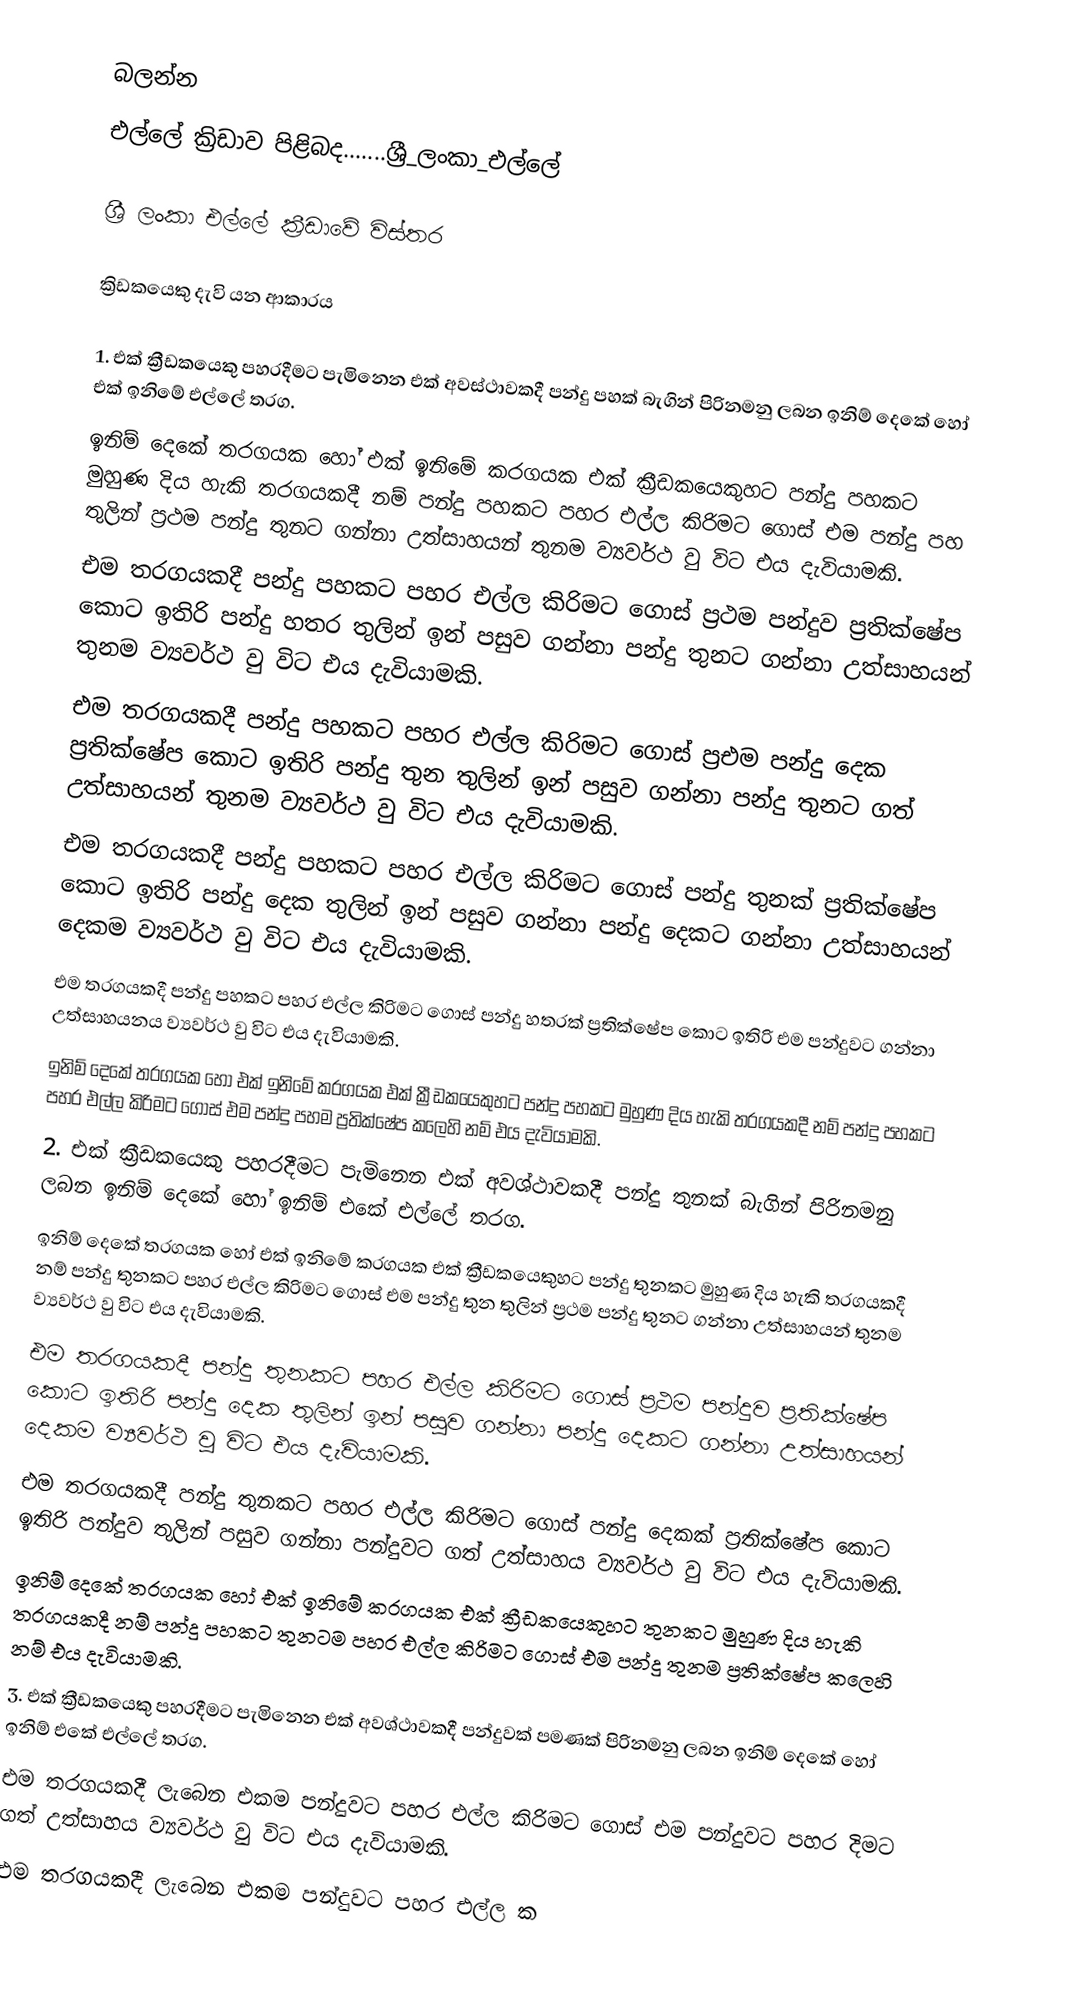
බලන්න
 එල්ලේ ක්‍රිඩාව පිළිබද.......ශ්‍රී_ලංකා_එල්ලේ

 ශ්‍රී ලංකා එල්ලේ ක්‍රීඩාවේ විස්තර

ක්‍රිඩකයෙකු දැවි යන ආකාරය

1. එක් ක්‍රීඩකයෙකු පහරදීමට පැමිනෙන එක් අවස්ථාවකදී පන්දු පහක් බැගින් පිරිනමනු ලබන ඉනිම් දෙකේ හෝ එක් ඉනිමේ එල්ලේ තරග.
  ඉනිම් දෙකේ තරගයක හෝ එක් ඉනිමේ කරගයක එක් ක්‍රීඩකයෙකුහට පන්දු පහකට මුහුණ දිය හැකි තරගයකදී නම් පන්දු පහකට පහර එල්ල කිරිමට ගොස් එම පන්දු පහ තුලින් ප්‍රථම පන්දු තුනට ගන්නා උත්සාහයන් තුනම ව්‍යවර්ථ වු විට එය දැවියාමකි.
   එම තරගයකදී පන්දු පහකට පහර එල්ල කිරිමට ගොස් ප්‍රථම පන්දුව ප්‍රතික්ෂේප කොට ඉතිරි පන්දු හතර තුලින් ඉන් පසුව ගන්නා පන්දු තුනට ගන්නා උත්සාහයන් තුනම ව්‍යවර්ථ වු විට එය දැවියාමකි.
    එම තරගයකදී පන්දු පහකට පහර එල්ල කිරිමට ගොස් ප්‍රඑම පන්දු දෙක ප්‍රතික්ෂේප කොට ඉතිරි පන්දු තුන තුලින් ඉන් පසුව ගන්නා පන්දු තුනට ගත් උත්සාහයන් තුනම ව්‍යවර්ථ වු විට එය දැවියාමකි.
  එම තරගයකදී පන්දු පහකට පහර එල්ල කිරිමට ගොස් පන්දු තුනක් ප්‍රතික්ෂේප කොට ඉතිරි පන්දු දෙක තුලින් ඉන් පසුව ගන්නා පන්දු දෙකට ගන්නා උත්සාහයන් දෙකම ව්‍යවර්ථ වු විට එය දැවියාමකි.
  එම තරගයකදී පන්දු පහකට පහර එල්ල කිරිමට ගොස්  පන්දු හතරක් ප්‍රතික්ෂේප කොට ඉතිරි එම පන්දුවට ගන්නා උත්සාහයනය ව්‍යවර්ථ වු විට එය දැවියාමකි.
  ඉනිම් දෙකේ තරගයක හෝ එක් ඉනිමේ කරගයක එක් ක්‍රීඩකයෙකුහට පන්දු පහකට මුහුණ දිය හැකි තරගයකදී නම් පන්දු පහකට පහර එල්ල කිරිමට ගොස් එම පන්දු පහම ප්‍රතික්ෂේප කලෙහි නම් එය දැවියාමකි.
2. එක් ක්‍රීඩකයෙකු පහරදීමට පැමිනෙන එක් අවශ්ථාවකදී පන්දු තුනක් බැගින් පිරිනමනු ලබන ඉනිම් දෙකේ හෝ ඉනිම් එකේ එල්ලේ තරග.
  ඉනිම් දෙකේ තරගයක හෝ එක් ඉනිමේ කරගයක එක් ක්‍රීඩකයෙකුහට පන්දු තුනකට මුහුණ දිය හැකි තරගයකදී නම් පන්දු තුනකට පහර එල්ල කිරිමට ගොස් එම පන්දු තුන තුලින් ප්‍රථම පන්දු තුනට ගන්නා උත්සාහයන් තුනම ව්‍යවර්ථ වු විට එය දැවියාමකි.
   එම තරගයකදී පන්දු තුනකට පහර එල්ල කිරිමට ගොස් ප්‍රථම පන්දුව ප්‍රතික්ෂේප කොට ඉතිරි පන්දු දෙක තුලින් ඉන් පසුව ගන්නා පන්දු දෙකට ගන්නා උත්සාහයන් දෙකම ව්‍යවර්ථ වු විට එය දැවියාමකි.
   එම තරගයකදී පන්දු තුනකට පහර එල්ල කිරිමට ගොස් පන්දු දෙකක් ප්‍රතික්ෂේප කොට ඉතිරි පන්දුව තුලින් පසුව ගන්නා පන්දුවට ගත් උත්සාහය ව්‍යවර්ථ වු විට එය දැවියාමකි.
  ඉනිම් දෙකේ තරගයක හෝ එක් ඉනිමේ කරගයක එක් ක්‍රීඩකයෙකුහට තුනකට මුහුණ දිය හැකි තරගයකදී නම් පන්දු පහකට තුනටම පහර එල්ල කිරිමට ගොස් එම පන්දු තුනම ප්‍රතික්ෂේප කලෙහි නම් එය දැවියාමකි.
3. එක් ක්‍රීඩකයෙකු පහරදීමට පැමිනෙන එක් අවශ්ථාවකදී පන්දුවක් පමණක් පිරිනමනු ලබන ඉනිම් දෙකේ හෝ ඉනිම් එකේ එල්ලේ තරග.
   එම තරගයකදී ලැබෙන එකම පන්දුවට පහර එල්ල කිරිමට ගොස් එම පන්දුවට පහර දිමට ගත් උත්සාහය ව්‍යවර්ථ වු විට එය දැවියාමකි.
   එම තරගයකදී ලැබෙන එකම පන්දුවට පහර එල්ල ක